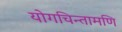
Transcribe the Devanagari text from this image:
योगचिन्तामणि